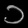
Digit: ၁